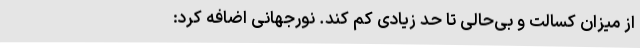
از میزان کسالت و بی‌حالی تا حد زیادی کم کند. نورجهانی اضافه کرد: